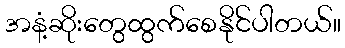
အနံ့ဆိုးတွေထွက်စေနိုင်ပါတယ်။